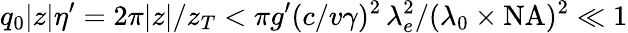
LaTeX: q_{0}|z|\eta^{\prime}=2\pi|z|/z_{T}<\pi g^{\prime}(c/v\gamma)^{2}\, \lambda_{e}^{2}/(\lambda_{0}\times\mathrm{NA})^{2}\ll 1